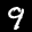
Label: 9